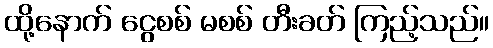
ထို့နောက် ငွေစစ် မစစ် တီးခတ် ကြည့်သည်။